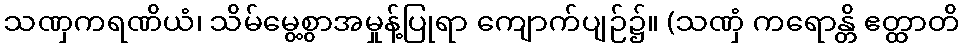
သဏှကရဏိယံ၊ သိမ်မွေ့စွာအမှုန့်ပြုရာ ကျောက်ပျဉ်၌။ (သဏှံ ကရောန္တိ ဧတ္ထာတိ